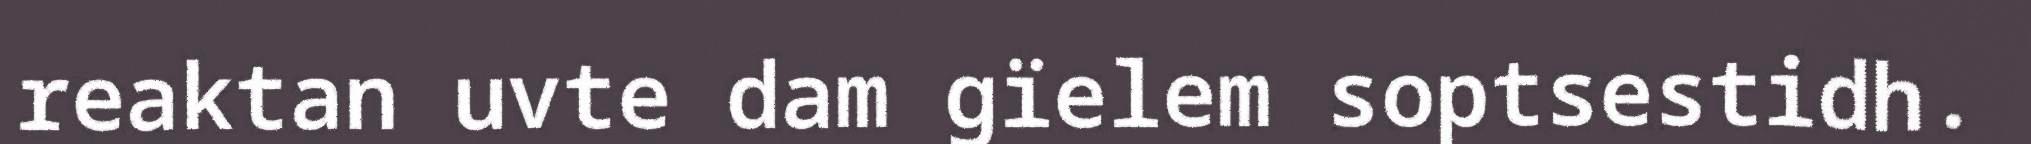
reaktan uvte dam gïelem soptsestidh.